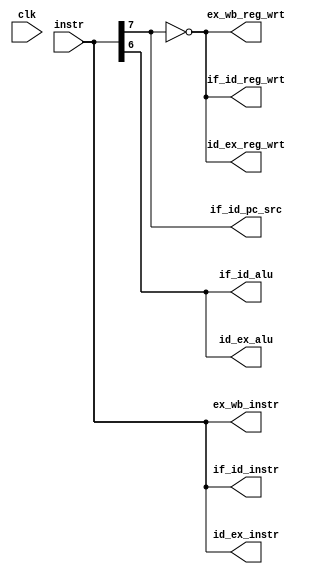
`timescale 1ns / 1ps

module control(
    input clk,
    input [7:0] instr,
    output reg [7:0] if_id_instr,
    output reg [7:0] id_ex_instr,
    output reg [7:0] ex_wb_instr,
    output reg if_id_pc_src,
    output reg if_id_alu,
    output reg id_ex_alu,
    output reg if_id_reg_wrt,
    output reg id_ex_reg_wrt,
    output reg ex_wb_reg_wrt
);

    always @(instr) begin

        if_id_pc_src    <= instr[7];
        if_id_reg_wrt   <= ~instr[7];
        if_id_alu       <= instr[6];
        if_id_instr     <= instr;

        id_ex_reg_wrt   <= if_id_reg_wrt;
        id_ex_alu       <= if_id_alu;
        id_ex_instr     <= if_id_instr;

        ex_wb_reg_wrt   <= id_ex_reg_wrt;
        ex_wb_instr     <= id_ex_instr;

    end

endmodule